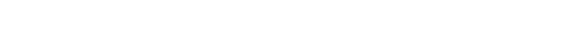
အာရုဠကေသေ၊ စည်ပင်ရှည်သောဆံတို့ကို။ ဩဟာရေတွာ၊ ပယ်ချ၍။ မလဂ္ဂဟိတပတ္တာ၊